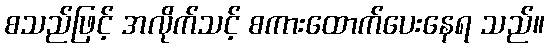
စသည်ဖြင့် အလိုက်သင့် စကားထောက်ပေးနေရ သည်။